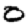
Digit: 0